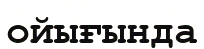
ойығында